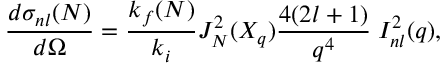
\frac { d { \sigma } _ { n l } ( N ) } { d \Omega } = \frac { k _ { f } ( N ) } { k _ { i } } J _ { N } ^ { 2 } ( X _ { q } ) \frac { 4 ( 2 l + 1 ) } { q ^ { 4 } } \; { \cal I } _ { n l } ^ { 2 } ( q ) ,